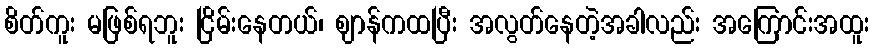
စိတ်ကူး မဖြစ်ရဘူး ငြိမ်းနေတယ်၊ ဈာန်ကထပြီး အလွတ်နေတဲ့အခါလည်း အကြောင်းအထူး